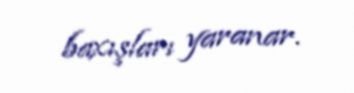
baxışları yaranar.